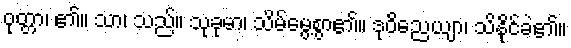
ဝုတ္တာ၊ ၏။ သာ၊ သည်။ သုခုမာ၊ သိမ်မွေ့စွာ၏။ ဒုဝိညေယျာ၊ သိနို်င်ခဲ၏။